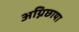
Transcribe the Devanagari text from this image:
अग्निछाया